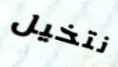
نتخيل